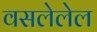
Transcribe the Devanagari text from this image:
वसलेलेल